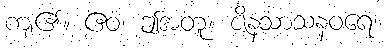
ကျ၏။ ဧဝံ၊ ဤအတူ။ ဇိနသာသနဝရေ၊